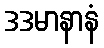
ဒဒမာနာနံ